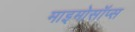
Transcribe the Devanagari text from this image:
माइमोसॉप्स